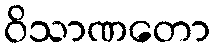
ဝိသာဏတော